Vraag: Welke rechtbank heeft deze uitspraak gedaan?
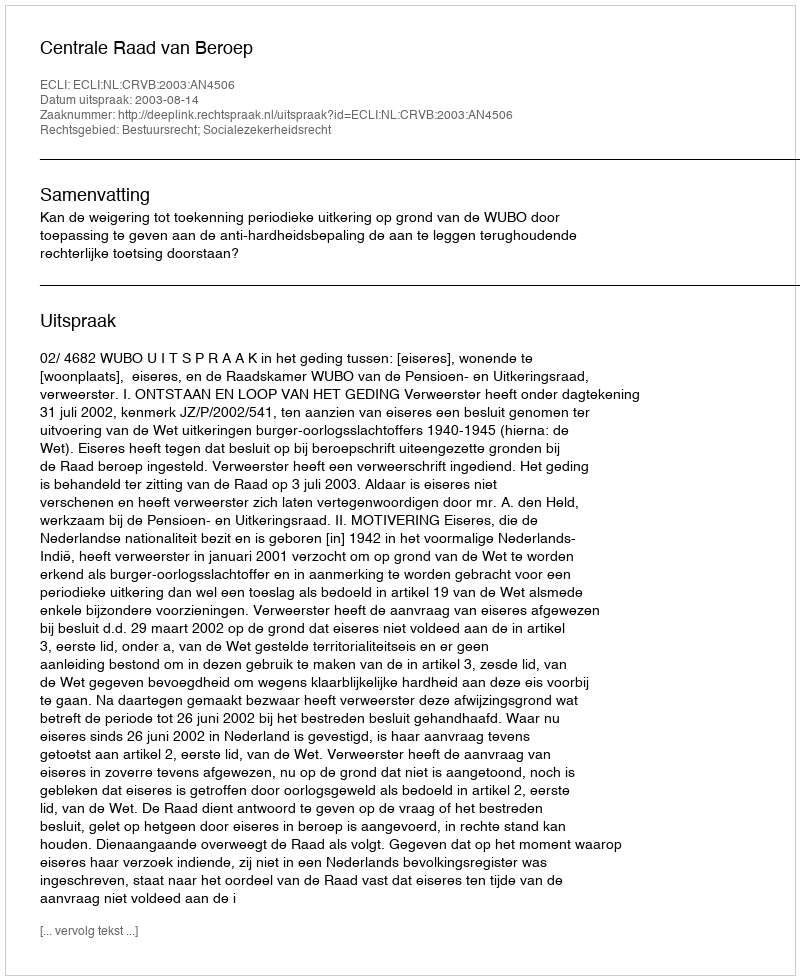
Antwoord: Centrale Raad van Beroep